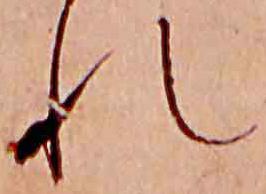
れ